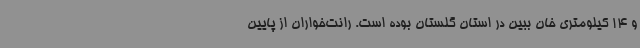
و 14 کیلومتری خان ببین در استان گلستان بوده است. رانت‌خواران از پایین